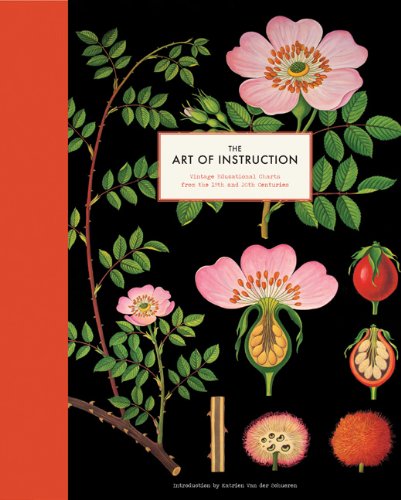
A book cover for The Art of Instruction: Vintage Educational Charts from the 19th and 20th Centuries; Science & Math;